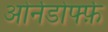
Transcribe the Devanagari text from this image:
ओर्नडोर्फ्फ़